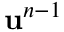
\ensuremath { \mathbf { u } } ^ { n - 1 }